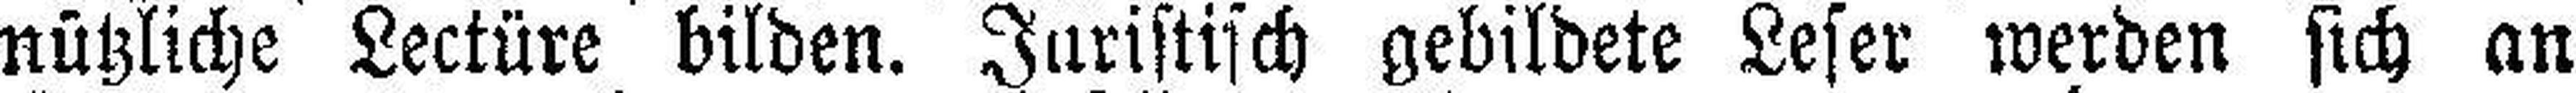
nützliche Lectüre bilden. Juristisch gebildete Leser werden sich an